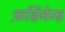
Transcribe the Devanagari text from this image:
फ़र्डिनेन्ड